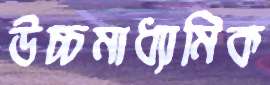
উচ্চমাধ্যামিক